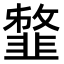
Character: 𩐈